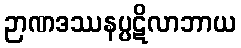
ဉာဏဒဿနပ္ပဋိလာဘာယ